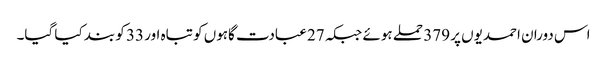
اس دوران احمدیوں پر 379 حملے ہوئے جبکہ 27 عبادت گاہوں کو تباہ اور 33 کو بند کیا گیا۔